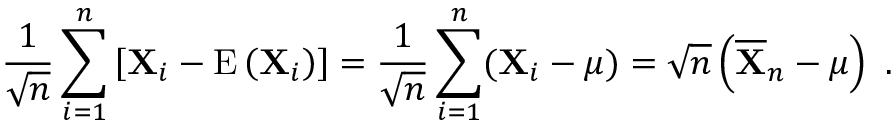
{ \frac { 1 } { \sqrt { n } } } \sum _ { i = 1 } ^ { n } \left[ \mathbf { X } _ { i } - \operatorname { E } \left( \mathbf { X } _ { i } \right) \right] = { \frac { 1 } { \sqrt { n } } } \sum _ { i = 1 } ^ { n } ( \mathbf { X } _ { i } - { \boldsymbol { \mu } } ) = { \sqrt { n } } \left( { \overline { { \mathbf { X } } } } _ { n } - { \boldsymbol { \mu } } \right) ~ .